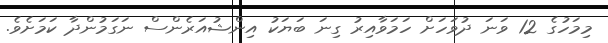
މިމަހުގެ 12 ވަނަ ދުވަހަށް ހަމަވާއިރު ގިނަ ބަޔަކު އިންޝުއަރެންސް ނަގަމުންދާ ކަމަށެވެ.